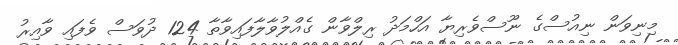
މިނިވަން ނިއުސްގެ ނޫސްވެރިޔާ އަހްމަދު ރިލްވާން ގެއްލުވާލާފައިވާތާ 124 ދުވަސް ވެފައި ވާއިރު